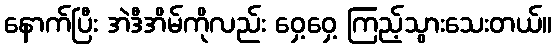
နောက်ပြီး အဲဒီအိမ်ကိုလည်း ဝှေ့ဝှေ့ ကြည့်သွားသေးတယ်။